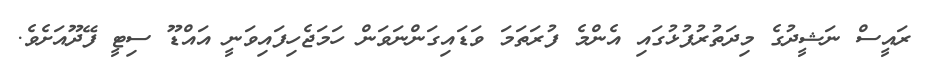
ރައީސް ނަޝީދުގެ މިދަތުރުފުޅުގައި އެންމެ ފުރަތަމަ ވަޑައިގަންނަވަން ހަމަޖެހިފައިވަނީ އައްޑޫ ސިޓީ ފޭދޫއަށެވެ.